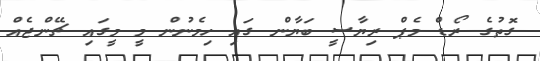
ގޮތުގެ ރޯޑް މެޕް ރިޔާސީ ބަޔާން ގައި ހިމެނުން މީ މީގައި ޗޭންޖެއް